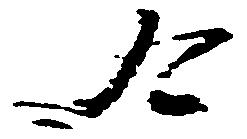
合